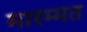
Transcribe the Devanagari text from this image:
मारम्मत